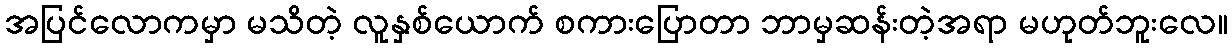
အပြင်လောကမှာ မသိတဲ့ လူနှစ်ယောက် စကားပြောတာ ဘာမှဆန်းတဲ့အရာ မဟုတ်ဘူးလေ။